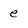
Character: e